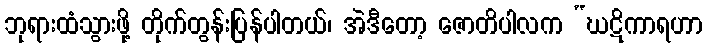
ဘုရားထံသွားဖို့ တိုက်တွန်းပြန်ပါတယ်၊ အဲဒီတော့ ဇောတိပါလက “ဃဋိကာရဟာ